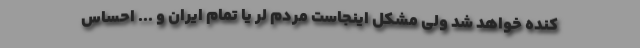
کنده خواهد شد ولی مشکل اینجاست مردم لر یا تمام ایران و ... احساس